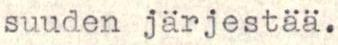
suuden järjestää.